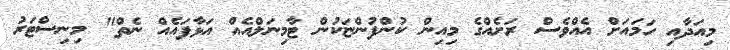
މިއަދާއި ހަމައަށް އެއްވެސް ރަށެއްގެ މިއިން ކުންފުންޏަކުން ޓާމިނަލްއެއް އަޅާފައެއް ނެތް" މިނިސްޓަރު